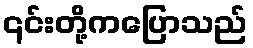
၎င်းတို့ကပြောသည်